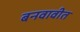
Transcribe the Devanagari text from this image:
बनवावीत